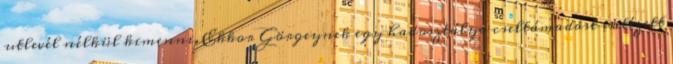
utlevél nélkül kimenni. Ekkor Görgeynek egy hadosztálya cseltámadást intézett